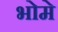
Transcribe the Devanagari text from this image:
भोमे